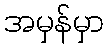
အမှန်မှာ